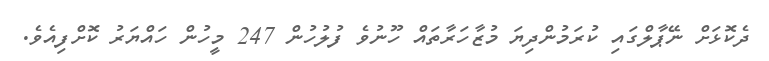
ދެކޮޅަށް ނޭޕާލްގައި ކުރަމުންދިޔަ މުޒާހަރާތައް ހޫނުވެ ފުލުހުން 247 މީހުން ހައްޔަރު ކޮށްފިއެވެ.